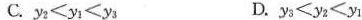
C. $$ y _ { 2 } < y _ { 1 } < y _ { 3 }$$ D. $$y _ { 3 } < y _ { 2 } < y _ { 1 }$$